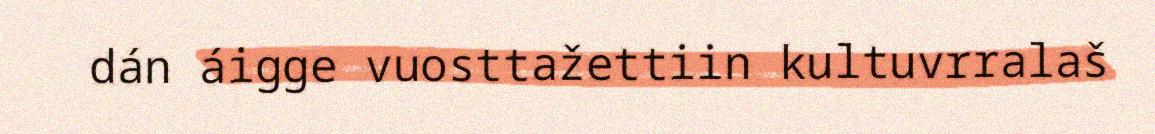
dán áigge vuosttažettiin kultuvrralaš